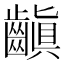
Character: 齻